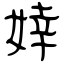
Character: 婞